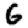
Digit: 6